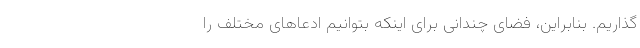
گذاریم. بنابراین، فضای چندانی برای اینکه بتوانیم ادعاهای مختلف را